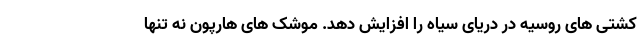
کشتی های روسیه در دریای سیاه را افزایش دهد. موشک های هارپون نه تنها